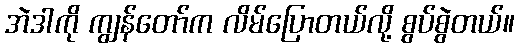
အဲဒါကို ကျွန်တော်က လိမ်ပြောတယ်လို့ စွပ်စွဲတယ်။